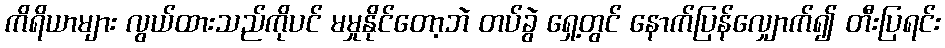
ကိရိယာများ လွယ်ထားသည်ကိုပင် မမှုနိုင်တော့ဘဲ တပ်ခွဲ ရှေ့တွင် နောက်ပြန်လျှောက်၍ တီးပြရင်း